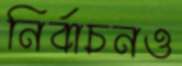
নির্বাচনও